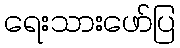
ရေးသားဖော်ပြ